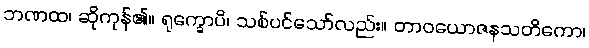
ဘဏထ၊ ဆိုကုန်၏။ ရုက္ခောပိ၊ သစ်ပင်သော်လည်း။ တာဝယောဇနသတိကော၊